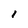
Character: I